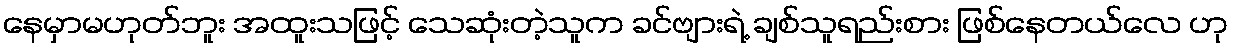
နေမှာမဟုတ်ဘူး အထူးသဖြင့် သေဆုံးတဲ့သူက ခင်ဗျားရဲ့ ချစ်သူရည်းစား ဖြစ်နေတယ်လေ ဟု